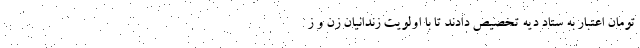
تومان اعتبار به ستاد دیه تخصیص دادند تا با اولویت زندانیان زن و ز